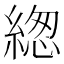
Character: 緫